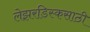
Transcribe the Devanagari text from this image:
लेझरडिस्कसाठी